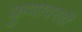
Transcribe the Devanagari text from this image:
कुणावरही